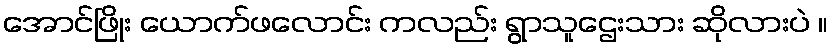
အောင်ဖြိုး ယောက်ဖလောင်း ကလည်း ရွာသူဌေးသား ဆိုလားပဲ ။